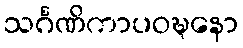
သင်္ဂဏိကာပဝဍ္ဎနော